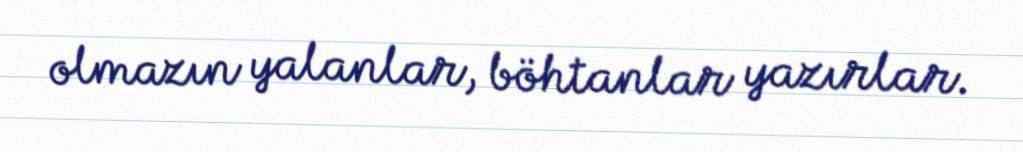
olmazın yalanlar, böhtanlar yazırlar.